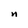
Character: n